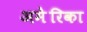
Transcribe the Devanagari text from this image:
अमेेेेरिका